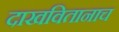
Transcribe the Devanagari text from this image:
दाखवितानाच